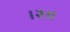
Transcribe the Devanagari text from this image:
।२॥